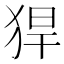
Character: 猂